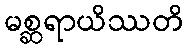
မစ္ဆရာယိဿတိ